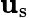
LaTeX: \mathbf{u}_{\mathrm{s}}